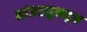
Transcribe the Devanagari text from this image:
मांजरसुभाहून